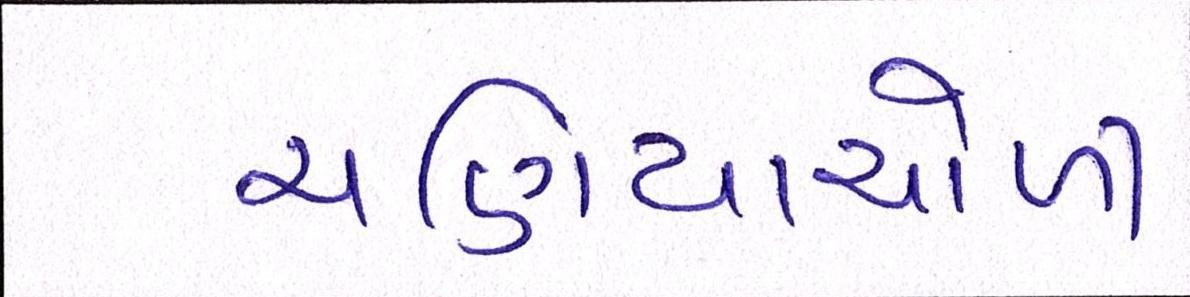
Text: ચણિયાચોળી